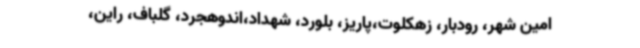
امین شهر، رودبار، زهکلوت،پاریز، بلورد، شهداد،اندوهجرد، گلباف، راین،